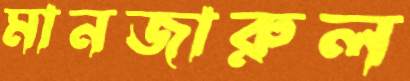
মানজারুল